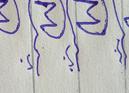
Signature authenticity: genuine